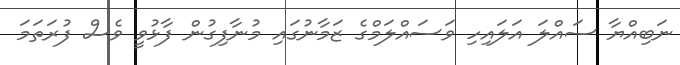
ނަބިއްޔާ ސައްލަ އަލައިހި ވަސައްލަމްގެ ޒަމާނުގައި މުނާފިގުން ފާޅުވީ ވެސް ފުރަތަމަ